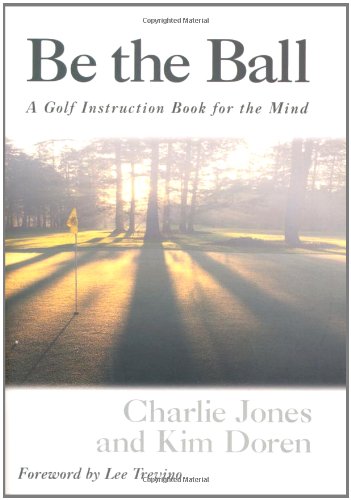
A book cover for Be The Ball Golf Instruction Book For The Mind; Kim Doren; Sports & Outdoors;